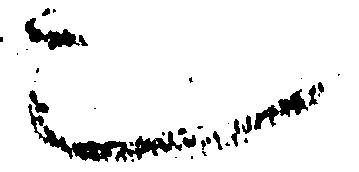
也